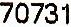
70731